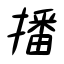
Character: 播